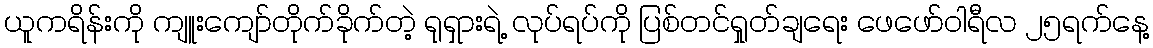
ယူကရိန်းကို ကျူးကျော်တိုက်ခိုက်တဲ့ ရုရှားရဲ့ လုပ်ရပ်ကို ပြစ်တင်ရှုတ်ချရေး ဖေဖော်ဝါရီလ ၂၅ရက်နေ့